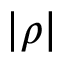
| \rho |